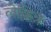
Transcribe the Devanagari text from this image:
लेकिन्न